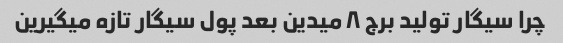
چرا سیگار تولید برج ٨ میدین بعد پول سیگار تازه میگیرین